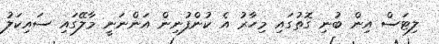
ލިޓަސް އިން ބުނި ގޮތުގައި މިހާރު އެ ކުންފުނިން އަންނަނީ މާލޭގައި ސައިކަލު